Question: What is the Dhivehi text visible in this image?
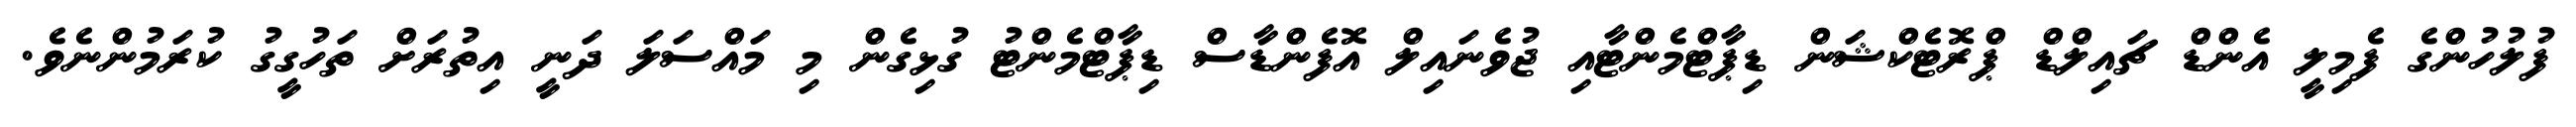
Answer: ފުލުހުންގެ ފެމިލީ އެންޑް ޗައިލްޑް ޕްރޮޓެކްޝަން ޑިޕާޓްމެންޓާއި ޖުވެނައިލް އޮފެންޑާސް ޑިޕާޓްމެންޓު ގުޅިގެން މި މައްސަލަ ދަނީ އިތުރަށް ތަހުގީގު ކުރަމުންނެވެ.